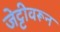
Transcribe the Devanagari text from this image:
जेट्टीवरून